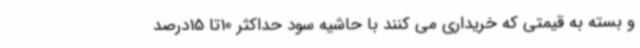
و بسته به قیمتی که خریداری می کنند با حاشیه سود حداکثر 10تا 15درصد